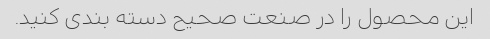
این محصول را در صنعت صحیح دسته بندی کنید.